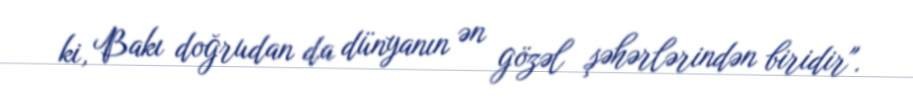
ki, Bakı doğrudan da dünyanın ən gözəl şəhərlərindən biridir".